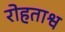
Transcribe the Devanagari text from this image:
रोहताश्व